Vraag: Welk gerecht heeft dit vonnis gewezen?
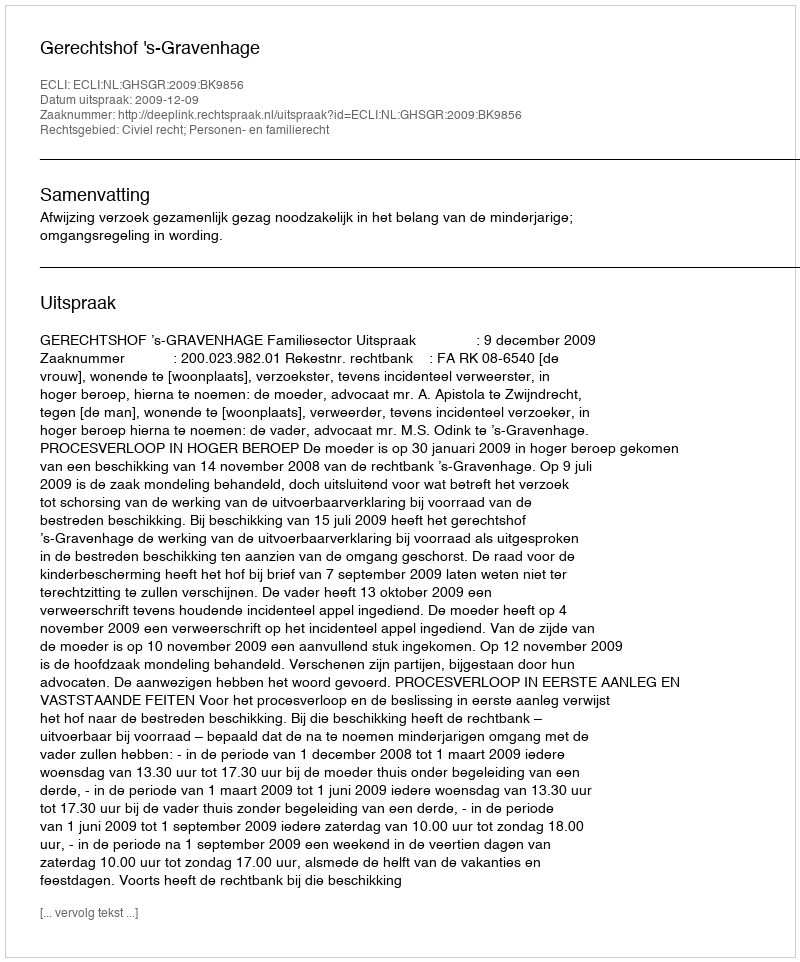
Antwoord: Gerechtshof 's-Gravenhage